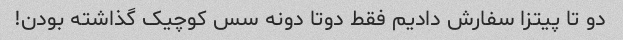
دو تا پیتزا سفارش دادیم فقط دوتا دونه سس کوچیک گذاشته بودن!